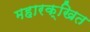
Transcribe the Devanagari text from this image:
महारक्खित